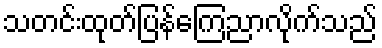
သတင်းထုတ်ပြန်ကြေညာလိုက်သည်